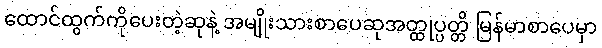
ထောင်ထွက်ကိုပေးတဲ့ဆုနဲ့ အမျိုးသားစာပေဆုအတ္ထုပ္ပတ္တိ မြန်မာစာပေမှာ